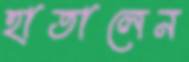
হাতালেন